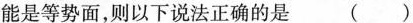
能是等势面，则以下说法正确的是（ ）